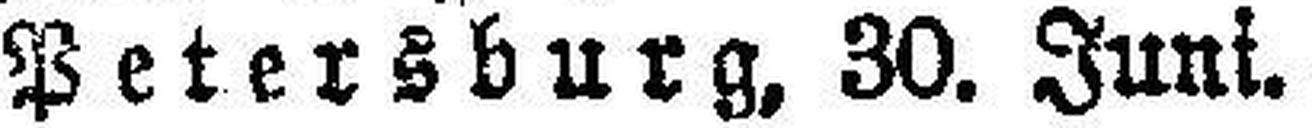
Petersburg, 30. Juni.